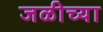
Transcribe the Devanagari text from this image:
जळीच्या